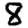
Digit: 8